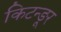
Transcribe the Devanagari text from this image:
किटन्ङूर